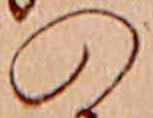
の